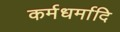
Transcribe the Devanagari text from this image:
कर्मधर्मादि